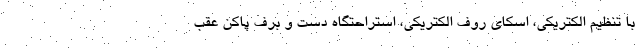
با تنظیم الکتریکی، اسکای روف الکتریکی، استراحتگاه دست و برف پاکن عقب